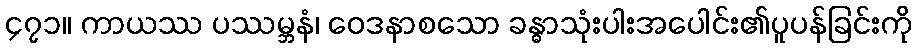
၄၇၁။ ကာယဿ ပဿမ္ဘနံ၊ ဝေဒနာစသော ခန္ဓာသုံးပါးအပေါင်း၏ပူပန်ခြင်းကို